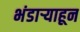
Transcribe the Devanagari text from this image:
भंडार्‍याहून